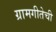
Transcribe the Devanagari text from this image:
ग्रामगीतेची